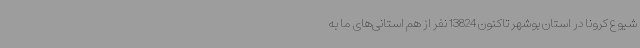
شیوع کرونا در استان بوشهر تاکنون 13824 نفر از هم استانی‌های ما به